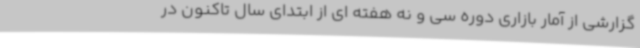
گزارشی از آمار بازاری دوره سی و نه هفته ای از ابتدای سال تاکنون در